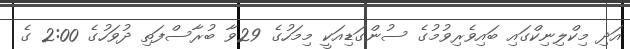
އަދި މިކްލިނިކްގައި ބައިވެރިވުމުގެ ސުންގަޑިއަކީ މިމަހުގެ 29ވާ ބުރާސްފަތި ދުވަހުގެ 2:00 ގެ